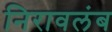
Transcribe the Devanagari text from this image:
निरावलंब